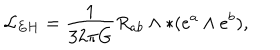
{ \cal L } _ { E H } = \frac { 1 } { 3 2 \pi G } R _ { a b } \wedge \ast ( e ^ { a } \wedge e ^ { b } ) ,